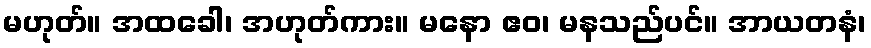
မဟုတ်။ အထခေါ၊ အဟုတ်ကား။ မနော ဧဝ၊ မနသည်ပင်။ အာယတနံ၊